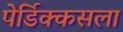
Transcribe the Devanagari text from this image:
पेर्डिक्कसला